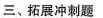
三、拓展冲刺题